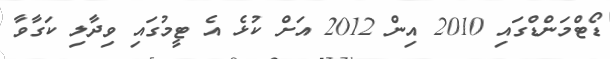
ޑޯޓްމަންޑްގައި 2010 އިން 2012 އަށް ކުޅެ އެ ޓީމުގައި ވިދާލި ކަގާވާ